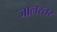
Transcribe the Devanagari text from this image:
जालस्तर